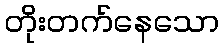
တိုးတက်နေသော